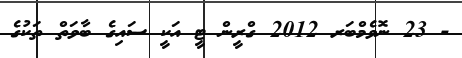
- 23 ނޮވެމްބަރ 2012 ގްރީން ޓީ އަކީ ސައިގެ ބާވަތް ތަކުގެ